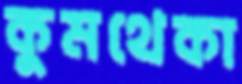
কুমথেকা